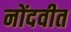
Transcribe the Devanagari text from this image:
नोंदवीत